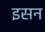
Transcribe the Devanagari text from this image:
इसन